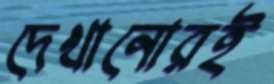
দেখানোরই